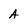
Character: A